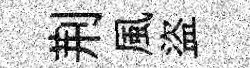
荆風盜